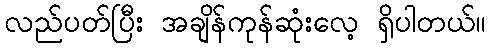
လည်ပတ်ပြီး အချိန်ကုန်ဆုံးလေ့ ရှိပါတယ်။